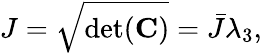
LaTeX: {J}=\sqrt{\mathrm{det}({\mathbf{C}})}=\bar{J}\lambda_{3},